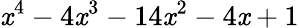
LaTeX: \mathit{x}^{4}-4\mathit{x}^{3}-14\mathit{x}^{2}-4\mathit{x}+1